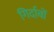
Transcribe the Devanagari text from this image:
गिर्दाबों